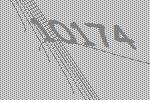
10174